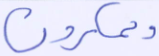
ويمكرون